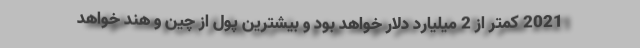
2021 کمتر از 2 میلیارد دلار خواهد بود و بیشترین پول از چین و هند خواهد